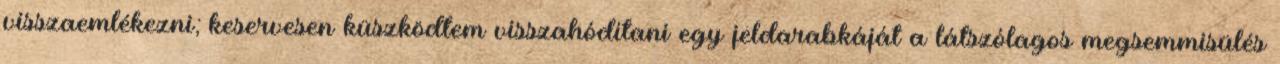
visszaemlékezni; keservesen küszködtem visszahódítani egy jeldarabkáját a látszólagos megsemmisülés